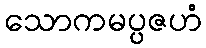
သောကမပ္ပဇဟံ